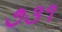
૭૩૧